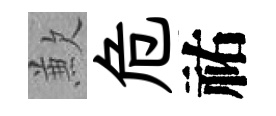
歉危祐